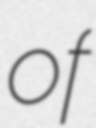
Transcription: of